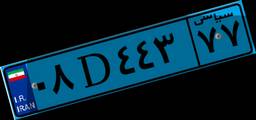
۰۸D۴۴۳۷۷